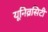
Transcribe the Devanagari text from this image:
यूनिव्रसिटी